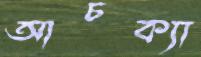
আচক্যা